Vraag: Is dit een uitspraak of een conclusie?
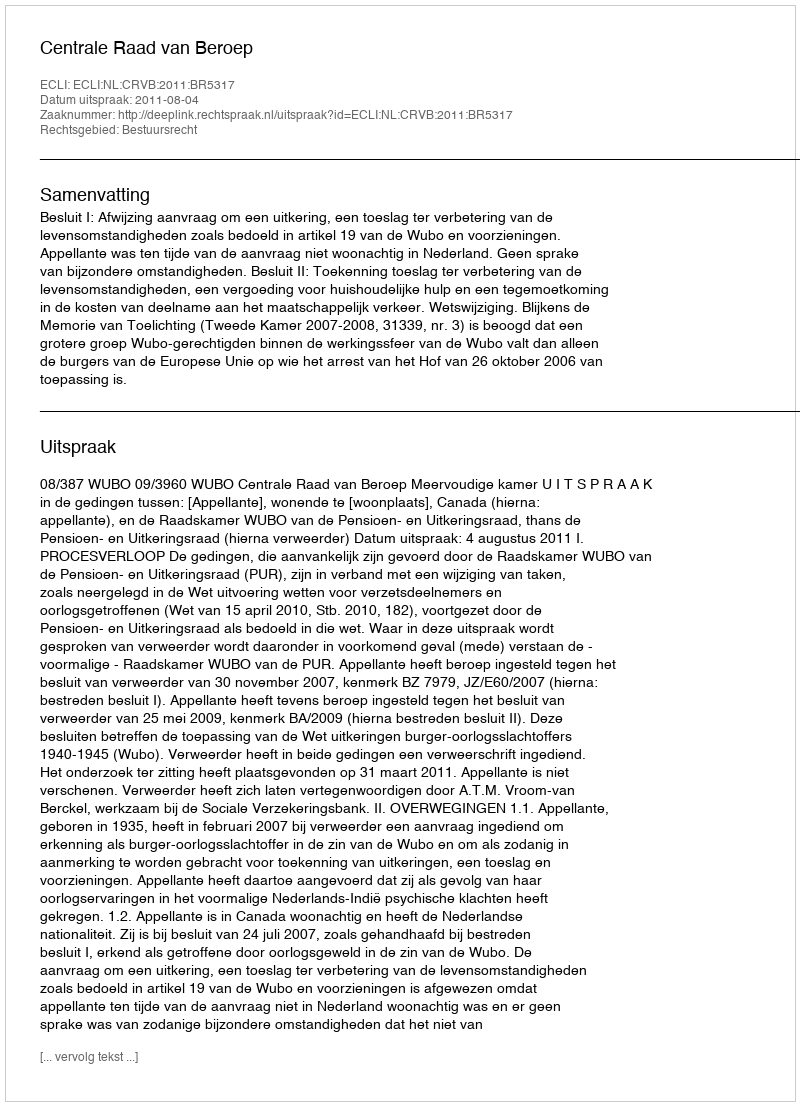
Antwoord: Uitspraak